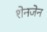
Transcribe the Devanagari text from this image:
शेनजेन